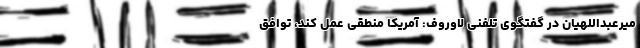
میرعبداللهیان در گفتگوی تلفنی لاوروف: آمریکا منطقی عمل کند، توافق